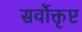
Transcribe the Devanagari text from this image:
सर्वोक्तृष्ट